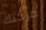
حركتك